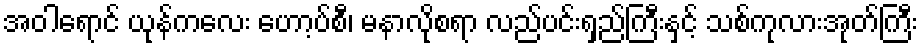
အဝါရောင် ယုန်ကလေး ဟော့ပ်စီ၊ မနာလိုစရာ လည်ပင်းရှည်ကြီးနှင့် သစ်ကုလားအုတ်ကြီး